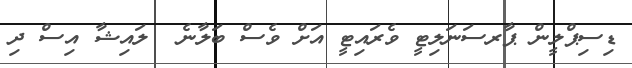
ޑިސިޕްލީން ޕާރސަނަލިޓީ ވެރައިޓީ އަށް ވެސް ބަލާނެ  ލައިޝާ އިސް ދި